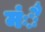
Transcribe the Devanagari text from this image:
मंै